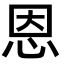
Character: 恩